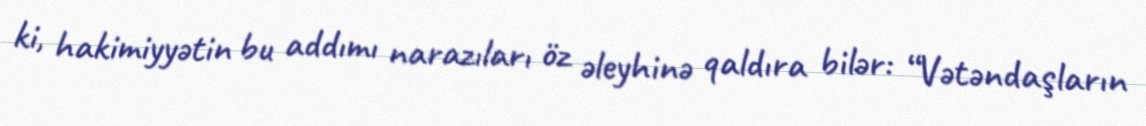
ki, hakimiyyətin bu addımı narazıları öz əleyhinə qaldıra bilər: “Vətəndaşların